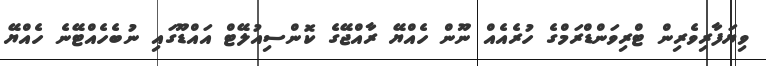
ވިޔަފާރިވެރިން ޓްރިވަންޑްރަމްގެ ހުރެއެއް ނޫން ހެއްޔޭ ރާއްޖޭގެ ކޮންސިއުލޭޓް އައްޑޫގައި ނުބެހެއްޓޭނެ ހެއްޔޭ